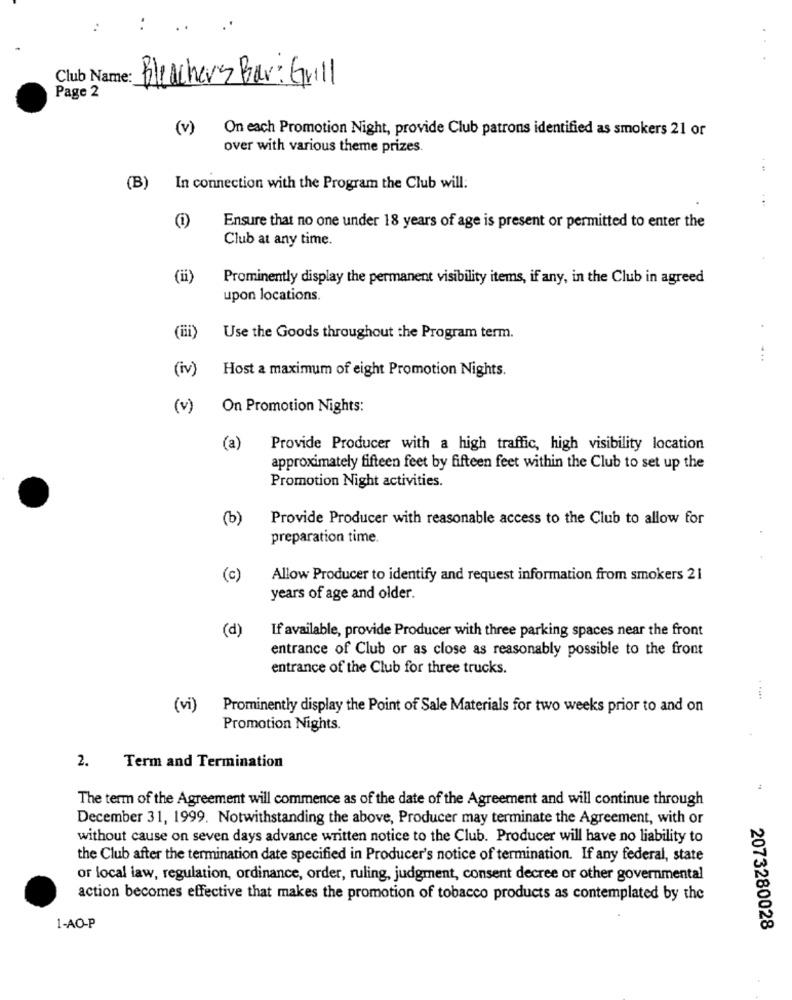
Club Name:
Bleachers Bar: Grill
Page 2
(v)
On each Promotion Night, provide Club patrons identified as smokers 21 or
over with various theme prizes.
(B) In connection with the Program the Club will:
(i)
Ensure that no one under 18 years of age is present or permitted to enter the
Club at any time.
(ii)
Prominently display the permanent visibility items, if any, in the Club in agreed
upon locations.
(iii
Use the Goods throughout the Program term.
(iv)
Host a maximum of eight Promotion Nights.
(v)
On Promotion Nights:
(a)
Provide Producer with a high traffic, high visibility location
approximately fifteen feet by fifteen feet within the Club to set up the
Promotion Night activities.
(b)
Provide Producer with reasonable access to the Club to allow for
preparation time.
(c)
Allow Producer to identify and request information from smokers 21
years of age and older.
(d)
If available, provide Producer with three parking spaces near the front
entrance of Club or as close as reasonably possible to the front
entrance of the Club for three trucks.
(vi)
Prominently display the Point of Sale Materials for two weeks prior to and on
Promotion Nights.
2.
Term and Termination
The term of the Agreement will commence as of the date of the Agreement and will continue through
December 31, 1999. Notwithstanding the above, Producer may terminate the Agreement, with or
without cause on seven days advance written notice to the Club. Producer will have no liability to
the Club after the termination date specified in Producer's notice of termination. If any federal, state
or local law, regulation, ordinance, order, ruling, judgment, consent decree or other governmental
action becomes effective that makes the promotion of tobacco products as contemplated by the
1-AO-P
2073280028